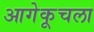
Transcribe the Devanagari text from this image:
आगेकूचला